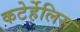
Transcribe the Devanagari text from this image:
कटेर्हेलिस